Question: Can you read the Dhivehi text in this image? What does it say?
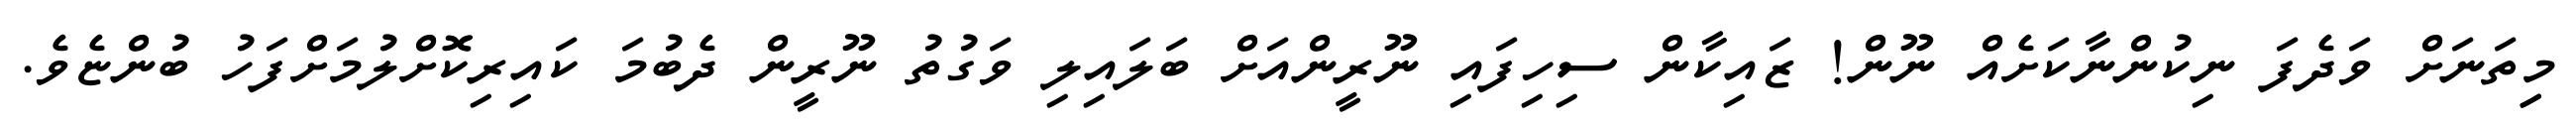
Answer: މިިތަނަށް ވަދެފަ ނިކުންނާކަށެއް ނޫން! ޒައިކާން ސިހިފައި ނޫރީންއަށް ބަލައިލި ވަގުތު ނޫރީން ދެބުމަ ކައިރިކޮށްލުމަށްފަހު ބުންޏެވެ.